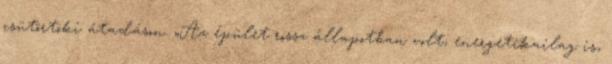
csütörtöki átadáson. „Az épület rossz állapotban volt, energetikailag is,